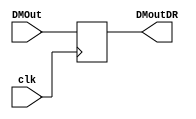
`timescale 1ns / 1ps
//////////////////////////////////////////////////////////////////////////////////
// Company: 
// Engineer: 
// 
// Design Name: 
// Module Name: DBDR
// Project Name: 
// Target Devices: 
// Tool Versions: 
// Description: 
// 
// Dependencies: 
// 
// Revision:
// Revision 0.01 - File Created
// Additional Comments:
// 
//////////////////////////////////////////////////////////////////////////////////


module DBDR(clk, DMOut, DMoutDR);
    input clk; // 
    input [31:0] DMOut; // 
    output reg [31:0] DMoutDR; // 
    
    always @(posedge clk) begin
        DMoutDR = DMOut;
    end
endmodule